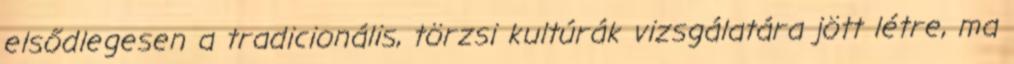
elsődlegesen a tradicionális, törzsi kultúrák vizsgálatára jött létre, ma